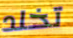
تخلد